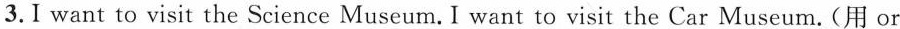
3.Iwant to visit the Science Museum.I want to visit the Car Museum.(用or